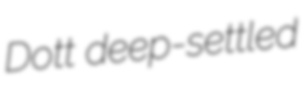
Dott deep-settled